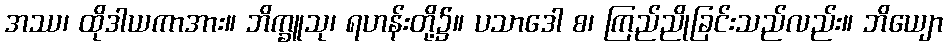
အဿ၊ ထိုဒါယကာအား။ ဘိက္ခူသု၊ ရဟန်းတို့၌။ ပသာဒေါ စ၊ ကြည်ညိုခြင်းသည်လည်း။ ဘိယျော